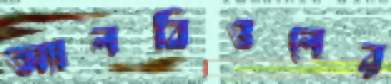
অ্যালবিওলের